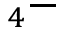
_ 4 -